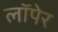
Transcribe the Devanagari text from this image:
लॉपेर